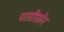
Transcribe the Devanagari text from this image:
परसीफ़ोन